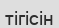
тігісін